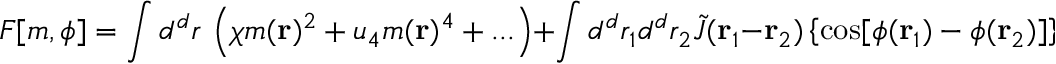
F [ m , \phi ] = \int d ^ { d } r \, \left( \chi m ( \mathbf { r } ) ^ { 2 } + u _ { 4 } m ( \mathbf { r } ) ^ { 4 } + . . . \right) + \int d ^ { d } r _ { 1 } d ^ { d } r _ { 2 } \tilde { J } ( \mathbf { r } _ { 1 } - \mathbf { r } _ { 2 } ) \left\{ \cos [ \phi ( \mathbf { r } _ { 1 } ) - \phi ( \mathbf { r } _ { 2 } ) ] \right\} ,